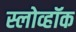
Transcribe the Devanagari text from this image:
स्लोव्हॉक